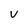
Character: v